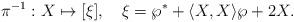
LaTeX: \begin{align*}\pi^{-1}:X \mapsto [\xi],~~~\xi=\wp^*+\langle X,X\rangle\wp+2X.\end{align*}